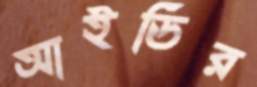
আইডির